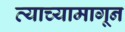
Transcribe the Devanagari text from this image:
त्याच्यामागून